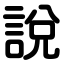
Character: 說